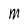
Character: m